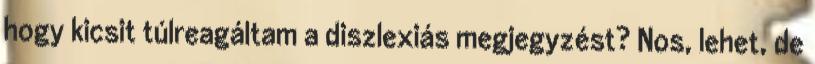
hogy kicsit túlreagáltam a diszlexiás megjegyzést? Nos, lehet, de